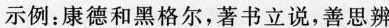
示例：康德和黑格尔，著书立说，善思辨